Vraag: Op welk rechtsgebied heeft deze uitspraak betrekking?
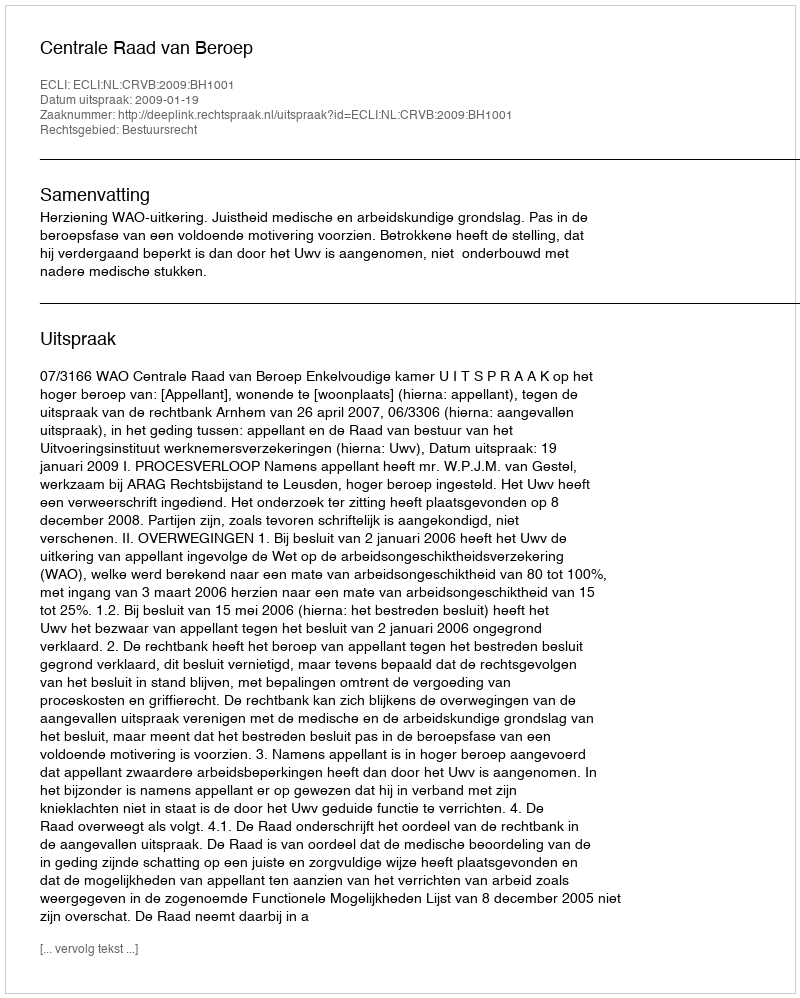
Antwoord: Bestuursrecht